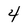
Character: 4